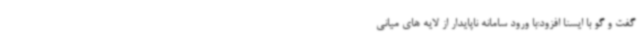
گفت و گو با ایسنا افزود:با ورود سامانه ناپایدار از لایه های میانی